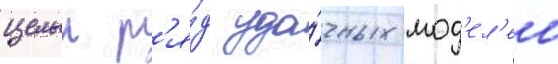
целыи р'я́д уда́чных мод'ел'еи